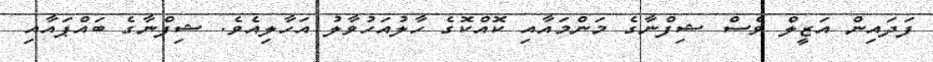
ފަދައިން އަޒީލް ވެސް ޝިފްނާގެ މަންމައާއި ކޮއްކޮގެ ހާލުއަހުވާލު އަހާލިއެވެ. ޝިފްނާގެ ބައްޕައާއި